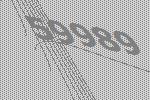
59989